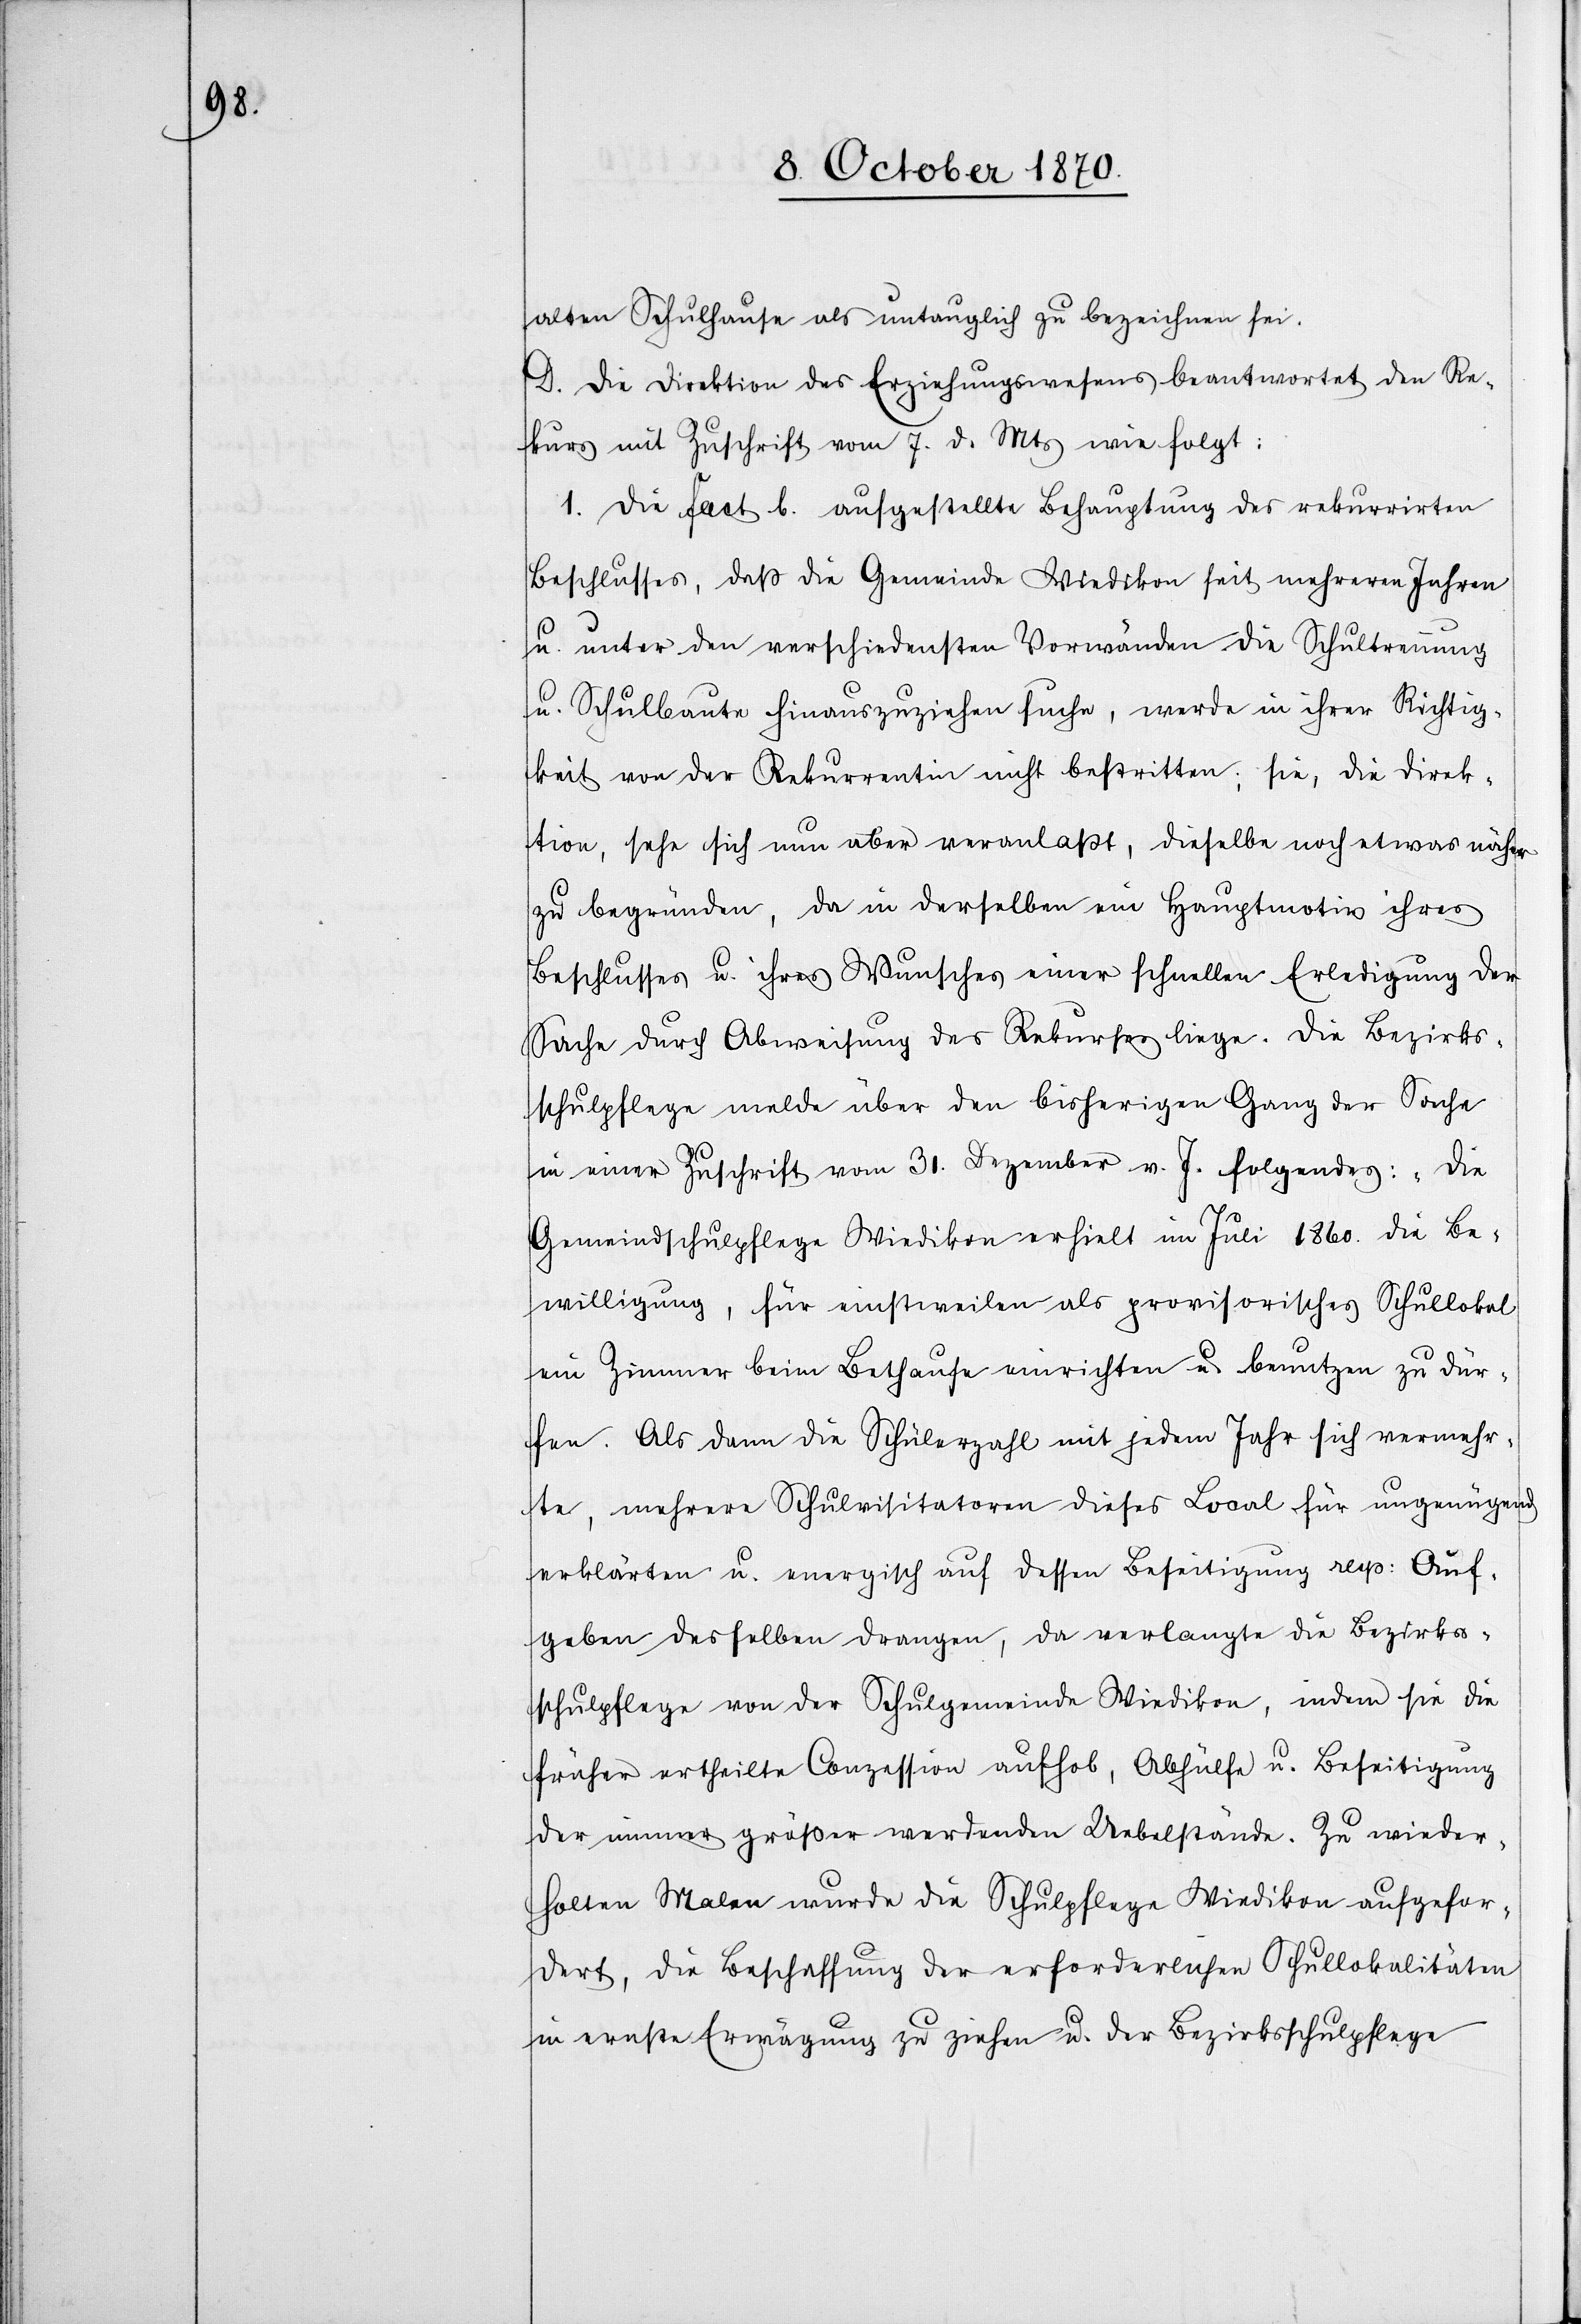
alten Schulhause als untauglich zu bezeichnen sei.
D. Die Direktion des Erziehungswesens beantwortet den Re¬
kurs mit Zuschrift vom 7. d. Mts. wie folgt:
1. Die Fact b. aufgestellte Behauptung des rekurrirten
Beschlusses, daß die Gemeinde Wiedikon seit mehreren Jahren
u. unter den verschiedensten Vorwänden die Schultrennung
u. Schulbaute hinauszuziehen suche, werde in ihrer Richtig¬
keit von der Rekurrentin nicht bestritten; sie, die Direk¬
tion, sehe sich nun aber veranlaßt, dieselbe noch etwas näher
zu begründen, da in derselben ein Hauptmotiv ihres
Beschlusses u. ihres Wunsches einer schnellen Erledigung der
Sache durch Abweisung des Rekurses liege. Die Bezirks¬
schulpflege melde über den bisherigen Gang der Sache
in einer Zuschrift vom 31. Dezember v. J. folgendes: Die
Gemeindschulpflege Wiedikon erhielt im Juli 1860. die Be¬
willigung, für einstweilen als provisorisches Schullokal
ein Zimmer beim Bethause einrichten u. benutzen zu dür¬
fen. Als dann die Schülerzahl mit jedem Jahr sich vermehr¬
te, mehrere Schulvisitatoren dieses Local für ungenügend
erklärten u. energisch auf dessen Beseitigung resp. Auf¬
geben desselben drangen, da verlangte die Bezirks¬
schulpflege von der Schulgemeinde Wiedikon, indem sie die
früher ertheilte Conzession aufhob, Abhülfe u. Beseitigung
der immens größer werdenden Uebelstände. Zu wieder¬
holten Malen wurde die Schulpflege Wiedikon aufgefor¬
dert, die Beschaffung der erforderlichen Schullokalitäten
in ernste Erwägung zu ziehen u. der Bezirksschulpflege